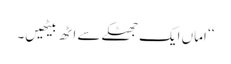
‘‘ اماں ایک جھٹکے سے اٹھ بیٹھیں۔